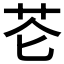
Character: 𰰨